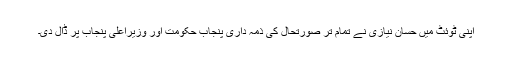
اپنی ٹوئٹ میں حسان نیازی نے تمام تر صورتحال کی ذمہ داری پنجاب حکومت اور وزیراعلیٰ پنجاب پر ڈال دی۔